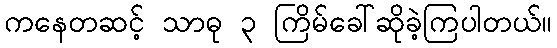
ကနေတဆင့် သာဓု ၃ ကြိမ်ခေါ်ဆိုခဲ့ကြပါတယ်။